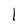
Character: l